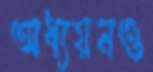
অধ্যয়নও